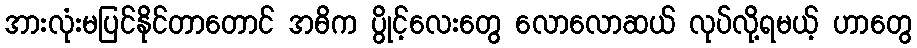
အားလုံးမပြင်နိုင်တာတောင် အဓိက ပွိုင့်လေးတွေ လောလောဆယ် လုပ်လို့ရမယ့် ဟာတွေ